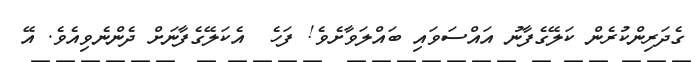
ގެދަރިންކުރެން ކަލޭގެފާނު އައްސަވައި ބައްލަވާށެވެ! ފަހެ  އެކަލޭގެފާނަށް ދެންނެވިއެވެ. އޭ